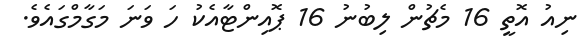
ނިއު އޮތީ 16 މެޗުން ލިބުނު 16 ޕޮއިންޓާއެކު ހަ ވަނަ މަގާމްގައެވެ.